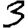
Digit: 3